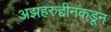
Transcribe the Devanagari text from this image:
अझहरुद्दीनकडून